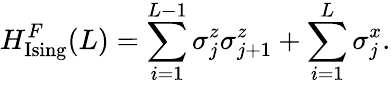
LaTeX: H_{\mathrm{Ising}}^{F}(L)=\sum_{i=1}^{L-1}{\sigma_{j}^{z}}{\sigma_{j+1}^{z}}+\sum_{i=1}^{L}{\sigma_{j}^{x}}.